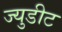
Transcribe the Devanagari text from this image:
ज्युडीट